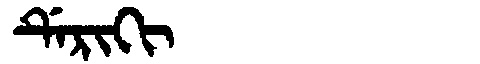
Manchu: ᡩᡝᡵᡳᡴᡳ
Romanization: DERIKI